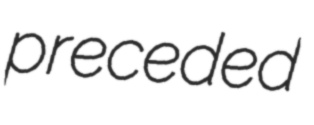
preceded